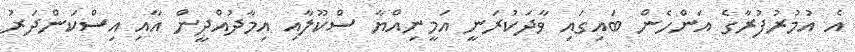
އެ އުމުރުފުރާގެ އަންހެން ބައިގައި ވާދަކުރަނީ އަމީނިއްޔާ ސްކޫލާއި އިމާދުއްދީން އާއި އިސްކަންދަރު